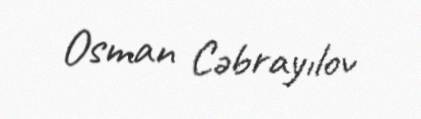
Osman Cəbrayılov